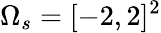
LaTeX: \Omega_{s}=[-2,2]^{2}